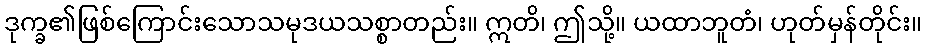
ဒုက္ခ၏ဖြစ်ကြောင်းသောသမုဒယသစ္စာတည်း။ ဣတိ၊ ဤသို့။ ယထာဘူတံ၊ ဟုတ်မှန်တိုင်း။